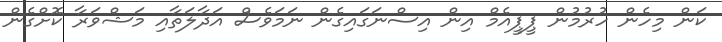
ކަން މިހެން ހުރުމުން ޕީޕީއެމް އިން އިސްނަގައިގެން ނަމަވެސް އަދާލަތާއި މަޝްވަރާ ކޮށްގެން